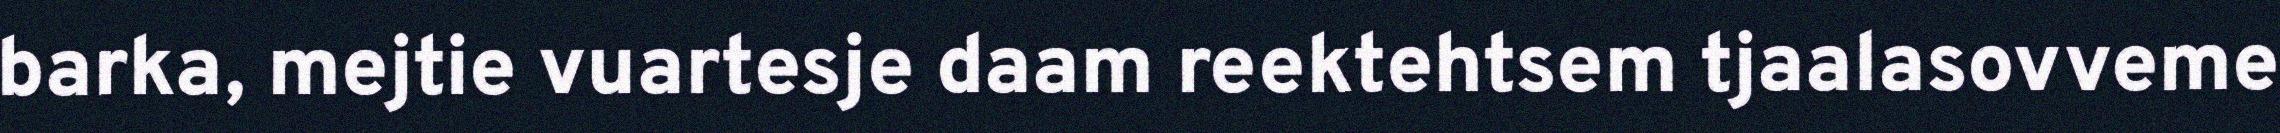
barka, mejtie vuartesje daam reektehtsem tjaalasovveme